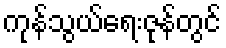
ကုန်သွယ်ရေးဇုန်တွင်